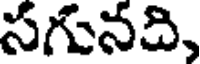
సగునది,